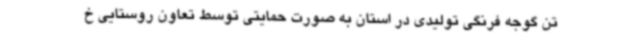
تن گوجه فرنگی تولیدی در استان به صورت حمایتی توسط تعاون روستایی خ